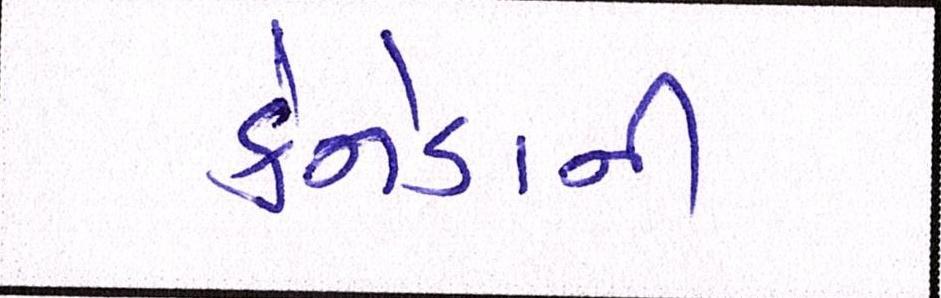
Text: કેનેડાની